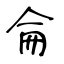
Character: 侖